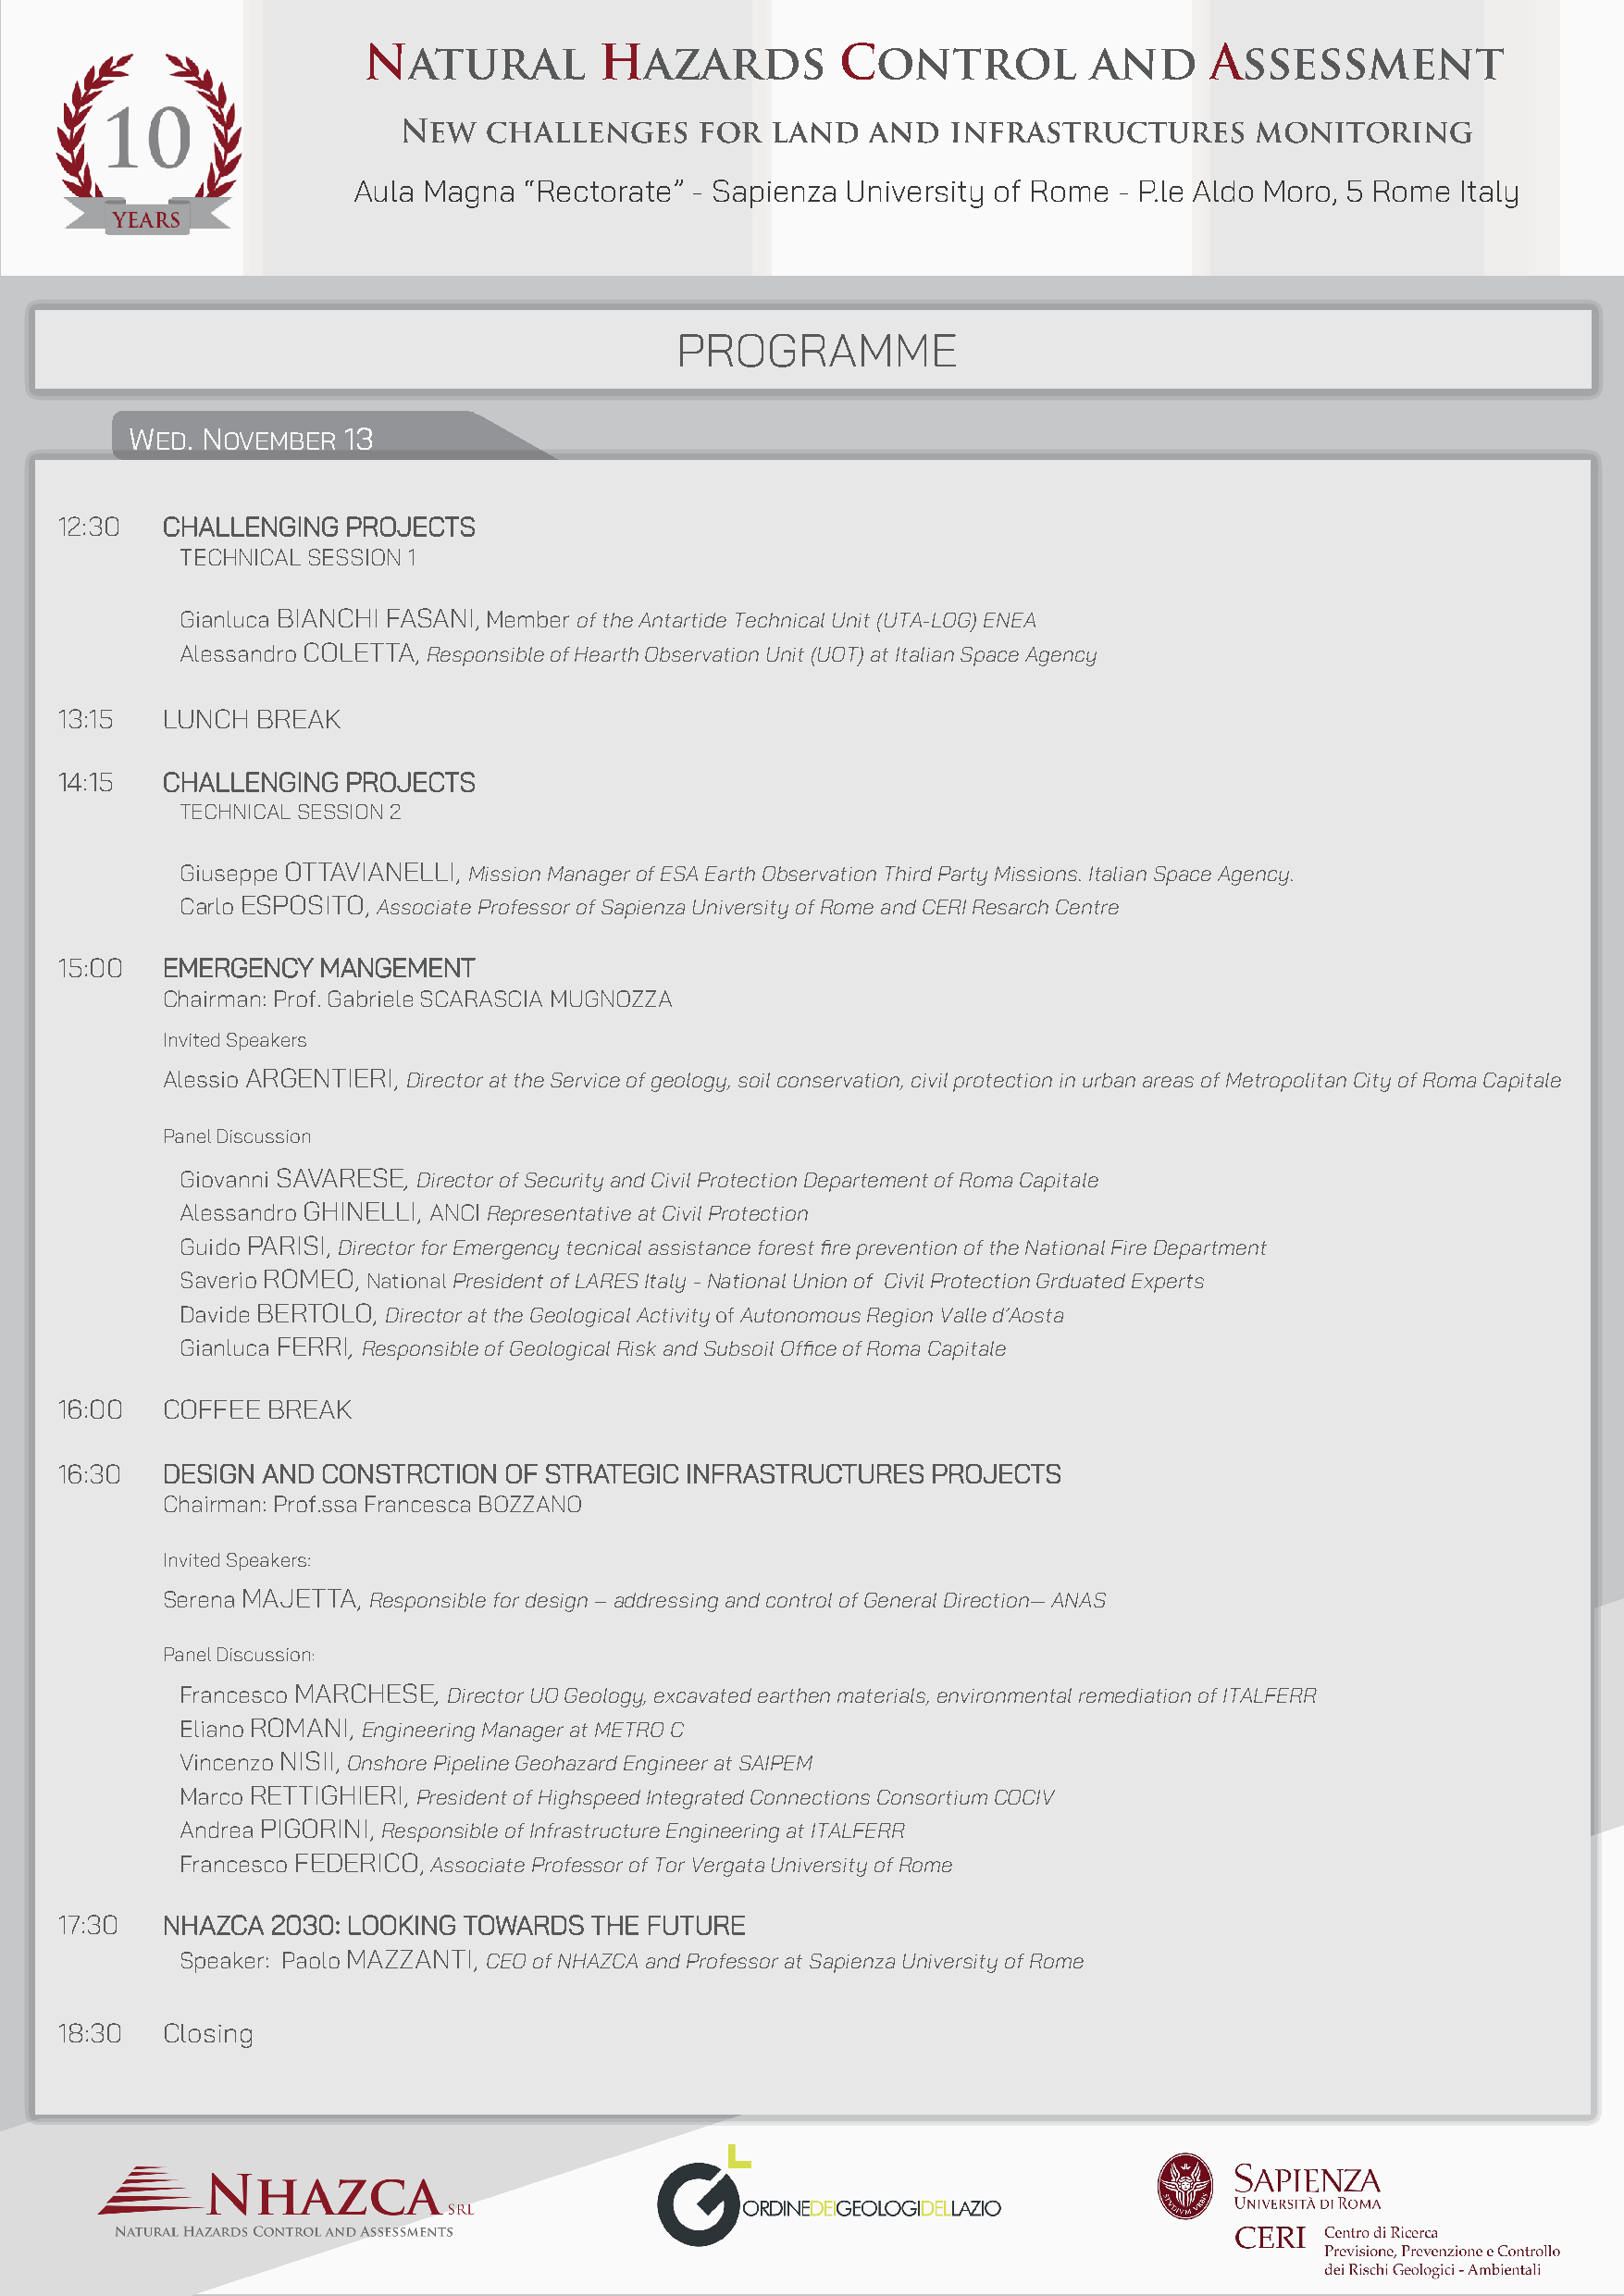
Aula Magna  “Rectorate” - Sapienza University of Rome  - P.le Aldo Moro, 5 Rome Italy
 PROGRAMME
 WED. NOVEMBER   13
 12:30   CHALLENGING  PROJECTS
 TECHNICAL SESSION 1
 Gianluca BIANCHI FASANI, Member of the Antartide Technical Unit (UTA-LOG) ENEA
 Alessandro COLETTA, Responsible of Hearth Observation Unit (UOT) at Italian Space Agency
 13:15   LUNCH BREAK
 14:15   CHALLENGING  PROJECTS
 TECHNICAL SESSION 2
 Giuseppe OTTAVIANELLI, Mission Manager of ESA Earth Observation Third Party Missions. Italian Space Agency.
 Carlo ESPOSITO, Associate Professor of Sapienza University of Rome and CERI Resarch Centre
 15:00   EMERGENCY  MANGEMENT
 Chairman: Prof. Gabriele SCARASCIA MUGNOZZA
 Invited Speakers
 Alessio ARGENTIERI, Director at the Service of geology, soil conservation, civil protection in urban areas of Metropolitan City of Roma Capitale
 Panel Discussion
 Giovanni SAVARESE, Director of Security and Civil Protection Departement of Roma Capitale
 Alessandro GHINELLI, ANCI Representative at Civil Protection
 Guido PARISI, Director for Emergency tecnical assistance forest fire prevention of the National Fire Department
 Saverio ROMEO, National President of LARES Italy - National Union of Civil Protection Grduated Experts
 Davide BERTOLO, Director at the Geological Activity of Autonomous Region Valle d’Aosta
 Gianluca FERRI, Responsible of Geological Risk and Subsoil Office of Roma Capitale
 16:00   COFFEE BREAK
 16:30   DESIGN AND CONSTRCTION  OF STRATEGIC INFRASTRUCTURES   PROJECTS
 Chairman: Prof.ssa Francesca BOZZANO
 Invited Speakers:
 Serena MAJETTA, Responsible for design – addressing and control of General Direction— ANAS
 Panel Discussion:
 Francesco MARCHESE, Director UO Geology, excavated earthen materials, environmental remediation of ITALFERR
 Eliano ROMANI, Engineering Manager at METRO C
 Vincenzo NISII, Onshore Pipeline Geohazard Engineer at SAIPEM
 Marco RETTIGHIERI, President of Highspeed Integrated Connections Consortium COCIV
 Andrea PIGORINI, Responsible of Infrastructure Engineering at ITALFERR
 Francesco FEDERICO, Associate Professor of Tor Vergata University of Rome
 17:30   NHAZCA 2030: LOOKING TOWARDS  THE FUTURE
 Speaker: Paolo MAZZANTI, CEO of NHAZCA and Professor at Sapienza University of Rome
 18:30   Closing